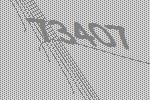
73407